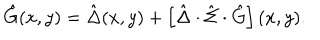
LaTeX: \hat { G } ( x , y ) = \hat { \Delta } ( x , y ) + \left[ \hat { \Delta } \cdot \hat { \Sigma } \cdot \hat { G } \right] ( x , y ) .